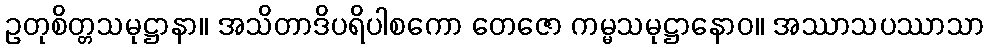
ဥတုစိတ္တသမုဋ္ဌာနာ။ အသိတာဒိပရိပါစကော တေဇော ကမ္မသမုဋ္ဌာနောဝ။ အဿာသပဿာသာ